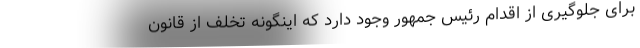
برای جلوگیری از اقدام رئیس جمهور وجود دارد که اینگونه تخلف از قانون